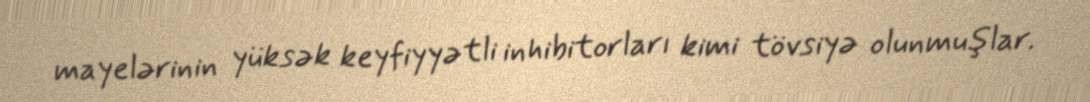
mayelərinin yüksək keyfiyyətli inhibitorları kimi tövsiyə olunmuşlar.